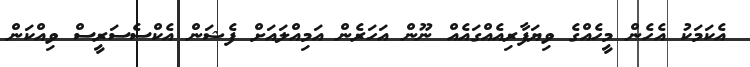
އެކަމަކު އެހެން މީހެއްގެ ވިޔަފާރިއެއްގައެއް ނޫން އަހަރެން އަމިއްލައަށް ފެޝަން އެކްސެސަރީސް ވިއްކަން